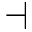
\dashv